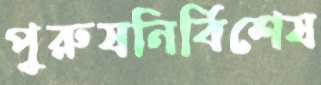
পুরুষনির্বিশেষ